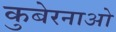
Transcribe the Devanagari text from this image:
कुबेरनाओ